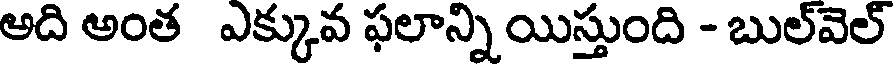
అది అంత ఎక్కువ ఫలాన్ని యిస్తుంది - బుల్వెల్